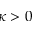
\kappa > 0